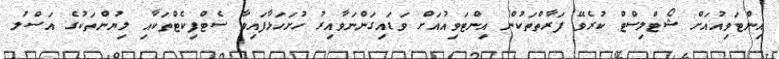
އިންޓަވިއުއަށް ޝޯޓްލިސްޓް ކުރެވޭ ފަރާތްތަކުން އިންޓަވިއުއަށް ވަޑައިގަންނަވާއިރު ހުށަހަޅާފައިވާ ސެޓްފިކެޓްތަކާއި ލިޔުންތަކުގެ އަސްލު